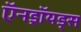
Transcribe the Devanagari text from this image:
ऍनड्रॉयड्स